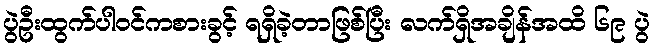
ပွဲဦးထွက်ပါဝင်ကစားခွင့် ရရှိခဲ့တာဖြစ်ပြီး လက်ရှိအချိန်အထိ ၆၉ ပွဲ